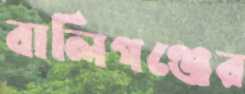
বালিগঞ্জের